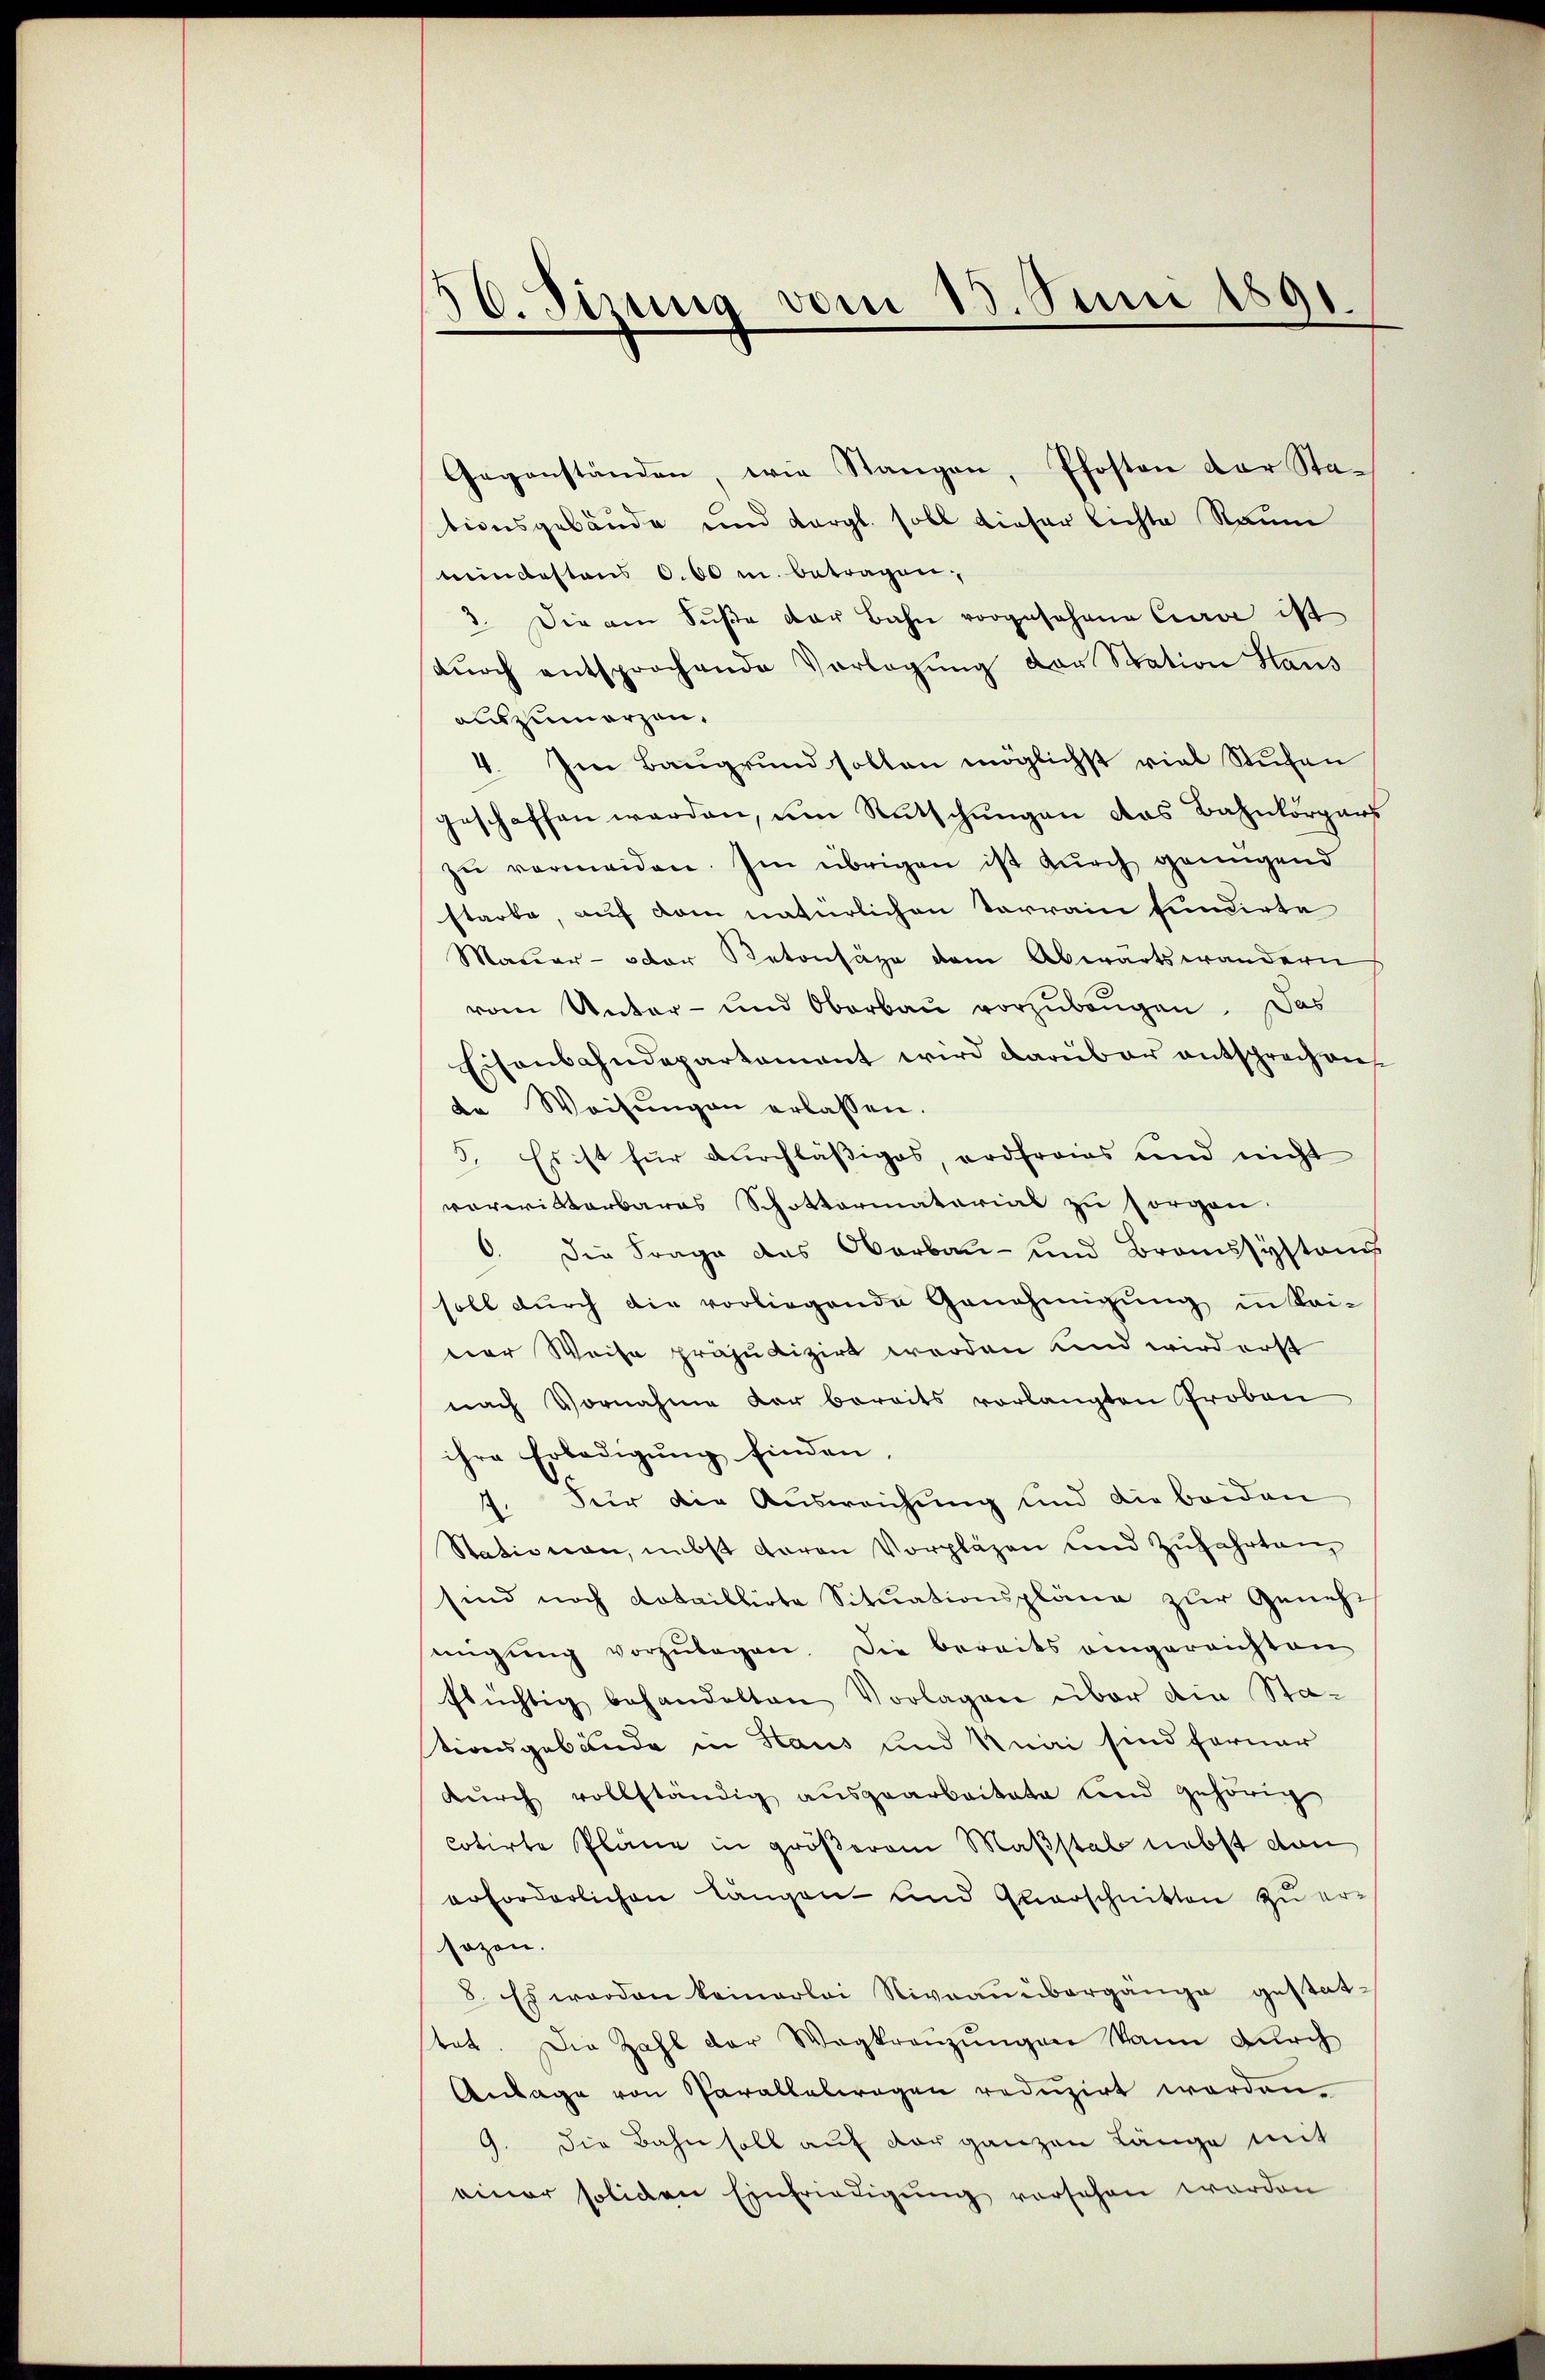
56. Sinung vom 15. Juni 1891

Gegenständen, wie Stangen, Pfosten der Sta-
tionsgebäude und Vergl. soll dieser Lichte Raum
mindestens 600 m. betragen,
2. Die am Sŭβe der Bahn vorgesehene Cave ist
dŭrch entsprochende Verlegŭng der Station Staus
auszumarzen.
4. Im Baugrund sollen möglichst viel Stufen
geschaffen werden, um Rutschungen das Bahnkörpers
zŭ vermeiden. Im übrigen ist durch genügend
starbe, auf dem natürlichen Vorrain fundirte
Mauer- oder Betonsäze dem Abwärtswändern
vom Unter- und Oberbau vorzubeugen. Das
Eisenbahndepartement wird darüber entsprochen
te Weisungen erlassen.
5. Es ist für durchläßiges, ordfrais und nicht
vorwitterbares Schottormaterial zu sorgen.
6. Die Frage das Oberbau- und Bronssystand
soll durch die vorliegende Genehmigŭng in Kai-
ner Weise präjudizirt werden und wird erst
nach Vornahme der bereits vorlangten Proben
ihre Erledigung finden
17. Für die Ausweichung und die beiden
Stationen, nebst daran Vorpläzen und Zufahrten
sind noch dotaillirte Situationspläne zur Genehmigŭng vorzŭlegen. Die bereits eingereichten
flüchtig behandelten Vorlagen über die Stationsgebäude in Haus und Knai sind ferner
dŭrch vollständig aŭsgearbeitete und gehörig
cotirte Pläne in größerem Maßstab nebst dan
erforderlichen längen- und Quarschnitten zu ersozen.
8. Es worden keinerlei Niveaŭübergänge gestatstet. Die Zahl der Wegkreuzungen kann durch
Anlage von Parallelwagen reduzirt werden.
9. die Bahn soll auf der ganzen Länge mit
einer soliden Einfriedigŭng vorsehen worden